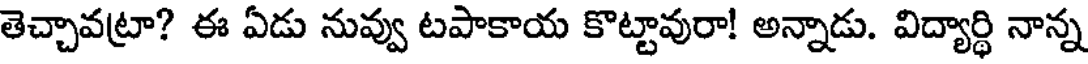
తెచ్చావట్రా? ఈ ఏడు నువ్వు టపాకాయ కొట్టావురా! అన్నాడు. విద్యార్థి నాన్న